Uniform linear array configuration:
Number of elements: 64
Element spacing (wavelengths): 0.5
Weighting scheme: hamming
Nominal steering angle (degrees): -15
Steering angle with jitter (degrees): -16.777
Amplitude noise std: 0.05
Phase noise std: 0.05

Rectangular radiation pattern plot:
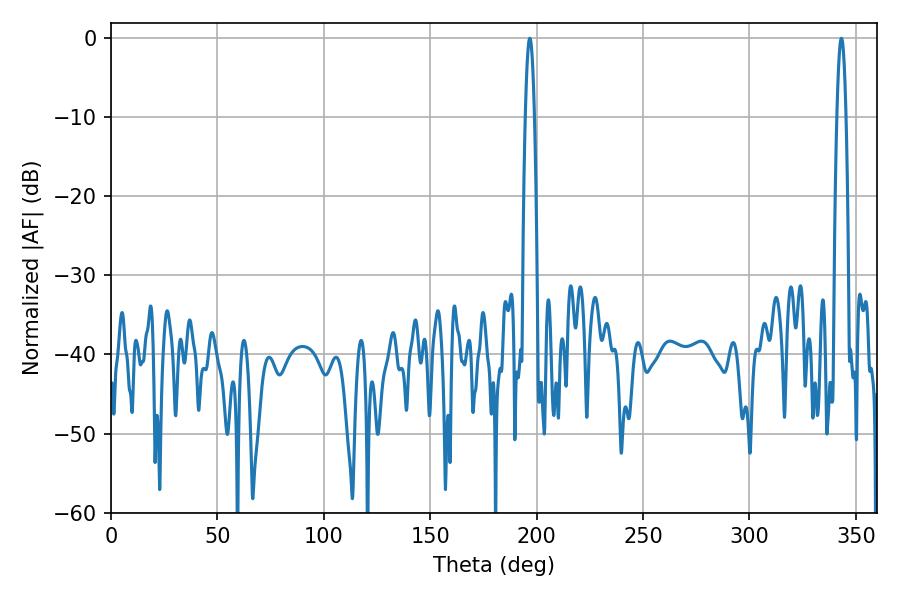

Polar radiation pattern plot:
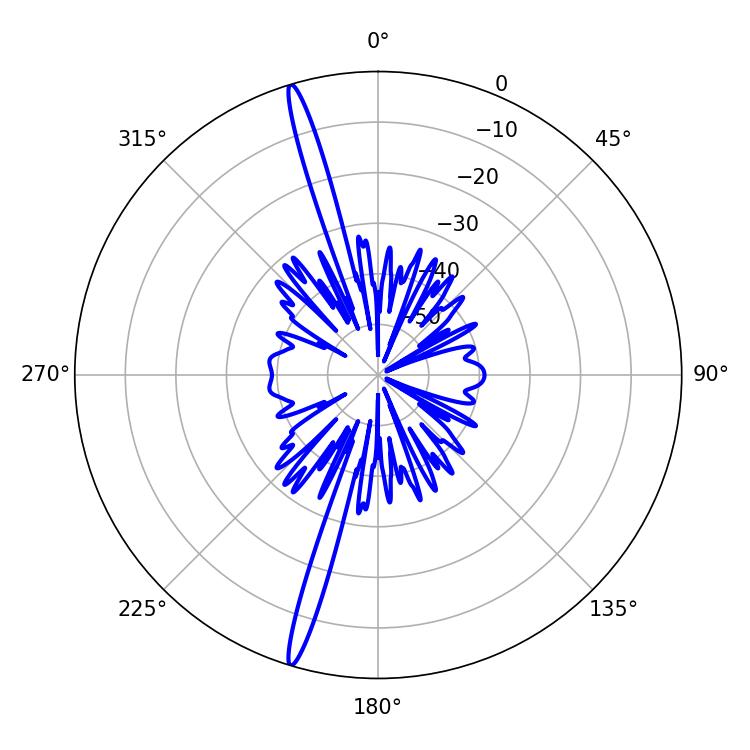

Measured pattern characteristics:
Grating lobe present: FALSE
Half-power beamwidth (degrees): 2.34
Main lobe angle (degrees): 196.74